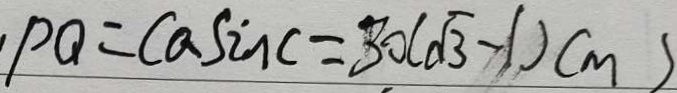
P Q = C a \sin C = 3 0 ( \sqrt { 3 } - 1 ) ( m )